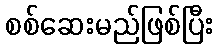
စစ်ဆေးမည်ဖြစ်ပြီး